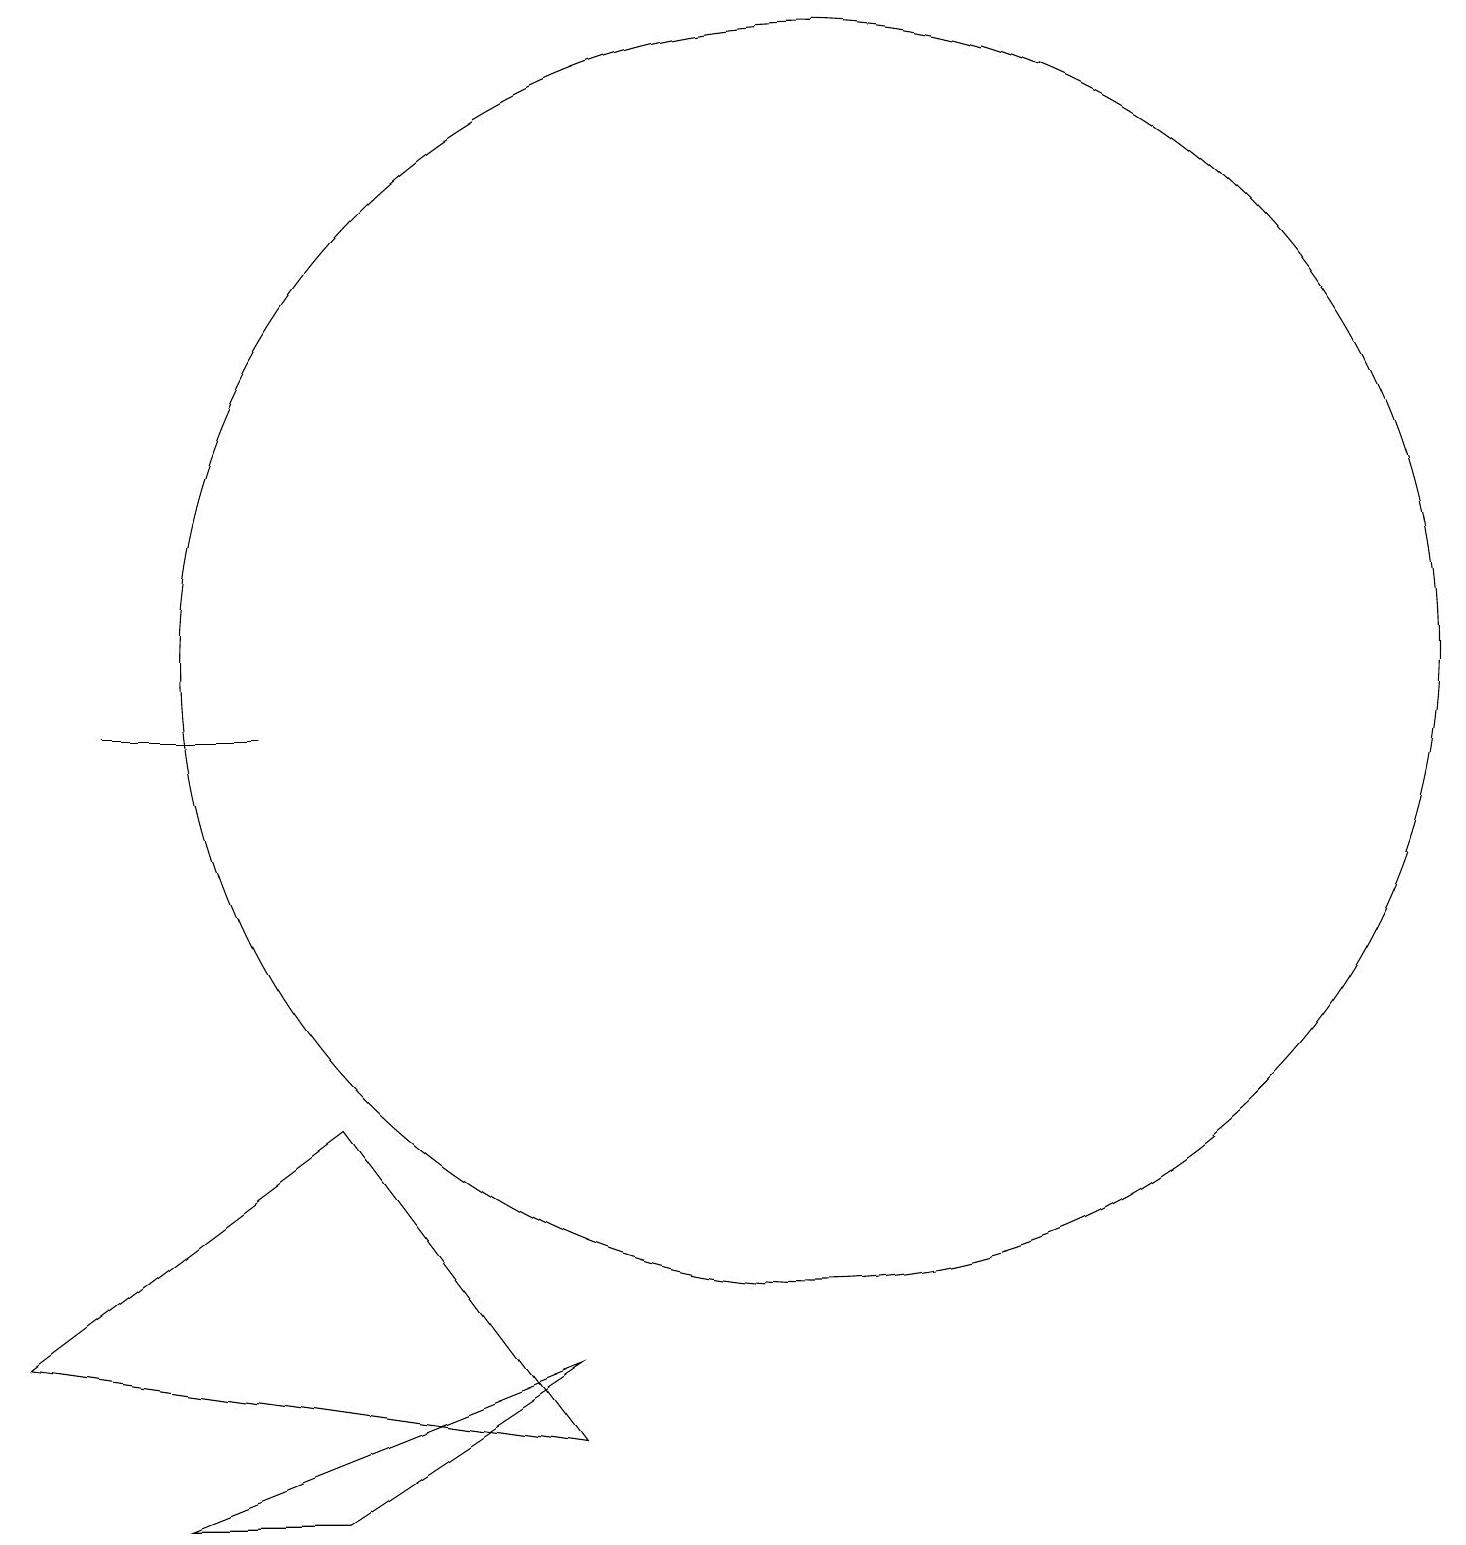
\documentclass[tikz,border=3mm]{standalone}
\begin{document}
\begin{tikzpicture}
\draw (5,10) rectangle (3,10);
\draw (12,11) circle (8);
\draw (6,5) -- (2,2) -- (9,1) -- cycle;
\draw (9,2) -- (6,0) -- (4,0) -- cycle;
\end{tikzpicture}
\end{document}